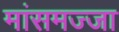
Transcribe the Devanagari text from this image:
मांसमज्जा